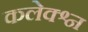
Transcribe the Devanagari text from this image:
कलेक्श्न